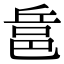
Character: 𨚬